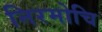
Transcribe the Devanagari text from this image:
निरमोचि